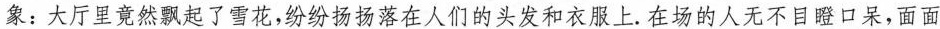
象：大厅里竟然飘起了雪花，纷纷扬扬落在人们的头发和衣服上。在场的人无不目瞪口呆，面面